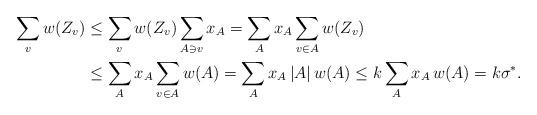
LaTeX: \begin{align*}\sum_v w(Z_v) &\le \sum_v w(Z_v)\sum_{A\ni v}x_A = \sum_A x_A\sum_{v\in A} w(Z_v)\\&\le\sum_A x_A\sum_{v\in A} w(A) = \sum_A x_A\,|A|\,w(A) \le k\sum_A x_A\,w(A) =k\sigma^*.\end{align*}